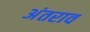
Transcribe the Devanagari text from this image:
अंतराव